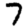
Digit: 7